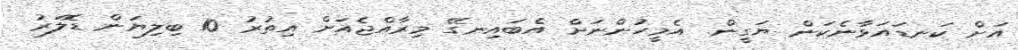
އަށް ކަނޑައަޅާނެކަން ޔަގީން. އެމީހުންނަށް އެބައިނގޭ މިރާއްޖެއަށް އިތުރު 10 ބިލިޔަން ޑޮލަރު